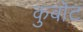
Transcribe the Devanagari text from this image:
कुबोट